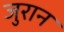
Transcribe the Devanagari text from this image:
जुरान